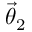
\ensuremath { \vec { \theta } } _ { 2 }